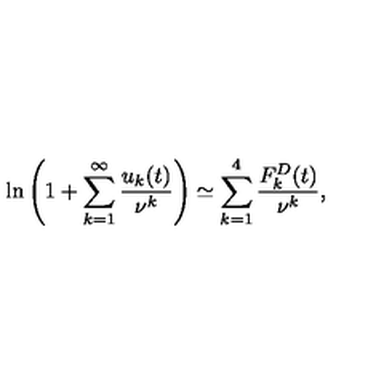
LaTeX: \ln \left( 1 + \sum _ { k = 1 } ^ { \infty } \frac { u _ { k } ( t ) } { \nu ^ { k } } \right) \simeq \sum _ { k = 1 } ^ { 4 } \frac { F _ { k } ^ { D } ( t ) } { \nu ^ { k } } { , }